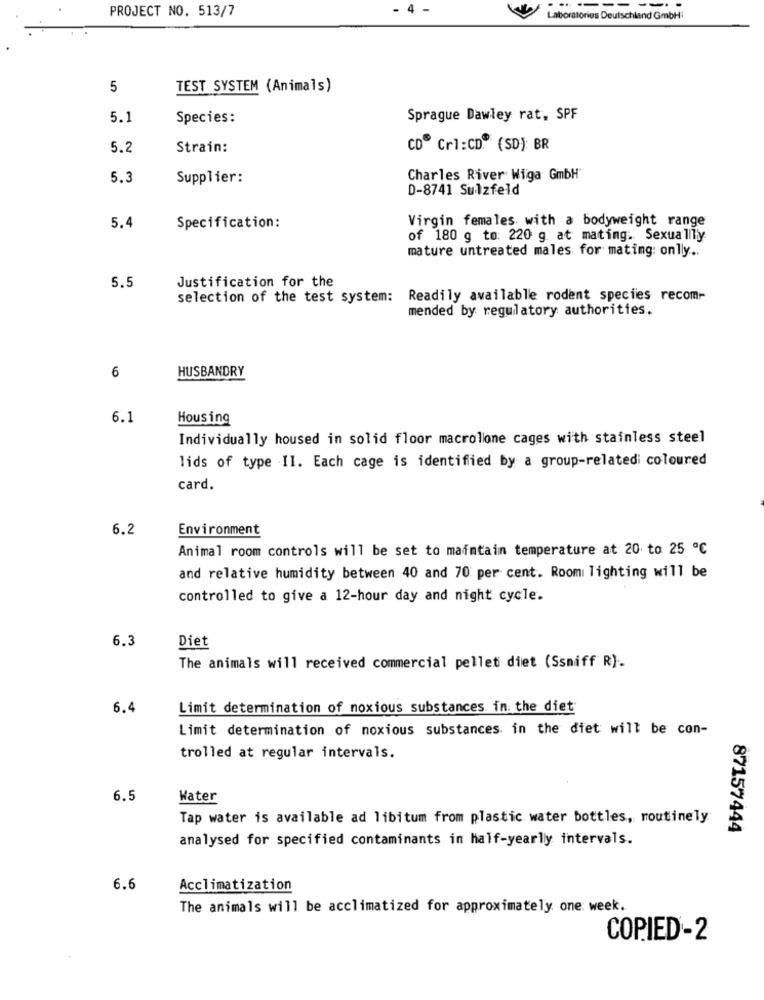
4 -
--
PROJECT NO. 513/7
Laboratories Deutschland GmbH:
5
TEST SYSTEM (Animals)
5.1
Species:
Sprague Dawley rat, SPF
5.2
Strain:
CD® Crl:CD. (SD): BR
5.3
Supplier:
Charles River Wiga GmbH
D-8741 Sulzfeld
Virgin females with a bodyweight range
5.4
Specification:
of 180 g to: 220 g. at mating. Sexually
mature untreated males for mating: onlly ..
5.5
Justification for the
selection of the test system: Readily available rodent species recom-
mended by regulatory authorities.
6
HUSBANDRY
6.1
Housing
Individually housed in solid floor macrollone cages with stainless steel
lids of type II. Each cage is identified by a group-relatedi coloured
card.
6.2
Environment
Animal room controls will be set to maintain temperature at 20 to 25 ℃
and relative humidity between 40 and 70 per cent. Room lighting will be
controlled to give a 12-hour day and night cycle.
6.3
Diet
The animals will received commercial pellet diet (Ssniff R).
6.4
Limit determination of noxious substances in the diet
Limit determination of noxious substances in the diet will be con-
trolled at regular intervals.
6.5
Water
Tap water is available ad libitum from plastic water bottles, routinely
87157444
analysed for specified contaminants in half-yearly intervals.
6.6
Acclimatization
The animals will be acclimatized for approximately one week.
COPIED-2